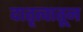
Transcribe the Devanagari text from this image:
दातृत्वातून